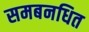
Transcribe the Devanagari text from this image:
समबनधित